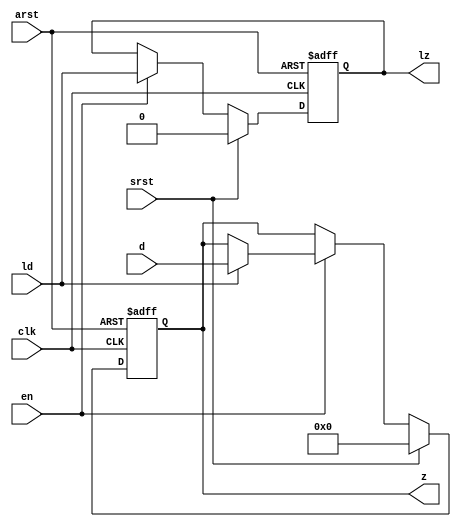
module mgc_out_reg_neg (clk, en, arst, srst, ld, d, lz, z);
    parameter integer rscid   = 1;
    parameter integer width   = 8;
    parameter         ph_en   =  1'b1;
    parameter         ph_arst =  1'b1;
    parameter         ph_srst =  1'b1;
    input              clk;
    input              en;
    input              arst;
    input              srst;
    input              ld;
    input  [width-1:0] d;
    output             lz;
    output [width-1:0] z;
    reg                lz;
    reg    [width-1:0] z;
    generate
    if (ph_arst == 1'b0)
    begin: NEG_ARST
        always @(negedge clk or negedge arst)
        if (arst == 1'b0)
        begin: B1
            lz <= 1'b0;
            z  <= {width{1'b0}};
        end
        else if (srst == ph_srst)
        begin: B2
            lz <= 1'b0;
            z  <= {width{1'b0}};
        end
        else if (en == ph_en)
        begin: B3
            lz <= ld;
            z  <= (ld) ? d : z;
        end
    end
    else
    begin: POS_ARST
        always @(negedge clk or posedge arst)
        if (arst == 1'b1)
        begin: B1
            lz <= 1'b0;
            z  <= {width{1'b0}};
        end
        else if (srst == ph_srst)
        begin: B2
            lz <= 1'b0;
            z  <= {width{1'b0}};
        end
        else if (en == ph_en)
        begin: B3
            lz <= ld;
            z  <= (ld) ? d : z;
        end
    end
    endgenerate
endmodule